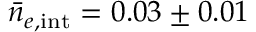
\bar { n } _ { e , { \mathrm { i n t } } } = 0 . 0 3 \pm 0 . 0 1